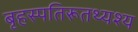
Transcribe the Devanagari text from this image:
बृहस्पतिरूतथ्यश्य